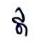
ឥ